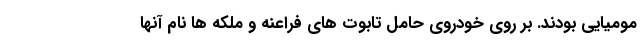
مومیایی بودند. بر روی خودروی حامل تابوت های فراعنه و ملکه ها نام آنها